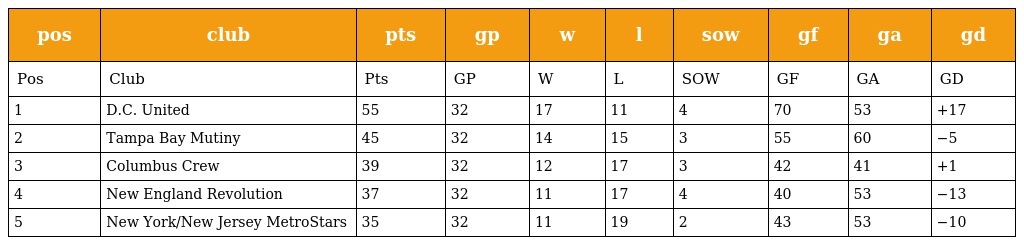
| pos | club | pts | gp | w | l | sow | gf | ga | gd |
 | --- | --- | --- | --- | --- | --- | --- | --- | --- | --- |
 | Pos | Club | Pts | GP | W | L | SOW | GF | GA | GD |
 | 1 | D.C. United | 55 | 32 | 17 | 11 | 4 | 70 | 53 | +17 |
 | 2 | Tampa Bay Mutiny | 45 | 32 | 14 | 15 | 3 | 55 | 60 | −5 |
 | 3 | Columbus Crew | 39 | 32 | 12 | 17 | 3 | 42 | 41 | +1 |
 | 4 | New England Revolution | 37 | 32 | 11 | 17 | 4 | 40 | 53 | −13 |
 | 5 | New York/New Jersey MetroStars | 35 | 32 | 11 | 19 | 2 | 43 | 53 | −10 |